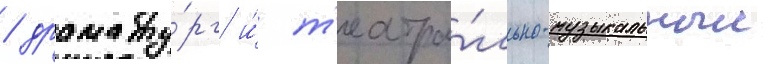
/ драмату́рг и́ т'еатра́льно-музыкальныи